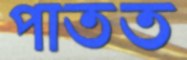
পাতত